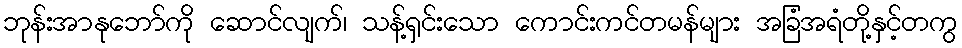
ဘုန်းအာနုဘော်ကို ဆောင်လျက်၊ သန့်ရှင်းသော ကောင်းကင်တမန်များ အခြံအရံတို့နှင့်တကွ